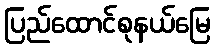
ပြည်ထောင်စုနယ်မြေ